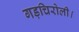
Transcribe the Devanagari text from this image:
गड़चिरोली।